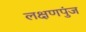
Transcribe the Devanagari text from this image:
लक्षणपुंज